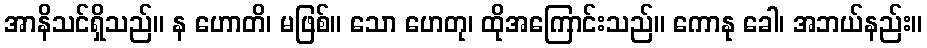
အာနိသင်ရှိသည်။ န ဟောတိ၊ မဖြစ်။ သော ဟေတု၊ ထိုအကြောင်းသည်။ ကောနု ခေါ၊ အဘယ်နည်း။